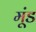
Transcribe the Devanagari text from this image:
मूंड